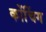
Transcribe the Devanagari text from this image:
कोंचिंग